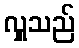
လှူသည်